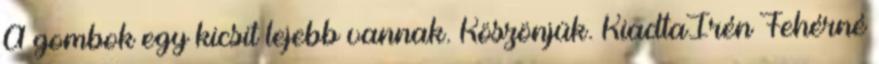
A gombok egy kicsit lejebb vannak. Köszönjük. KiadtaIrén Fehérné